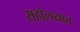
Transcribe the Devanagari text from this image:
सहोलयात